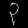
Digit: ၃